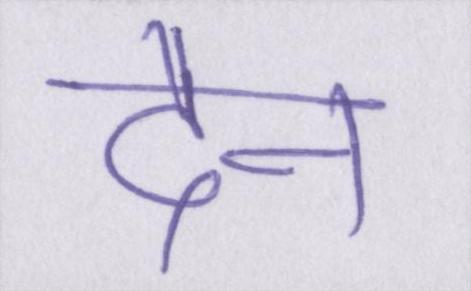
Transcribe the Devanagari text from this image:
दैन